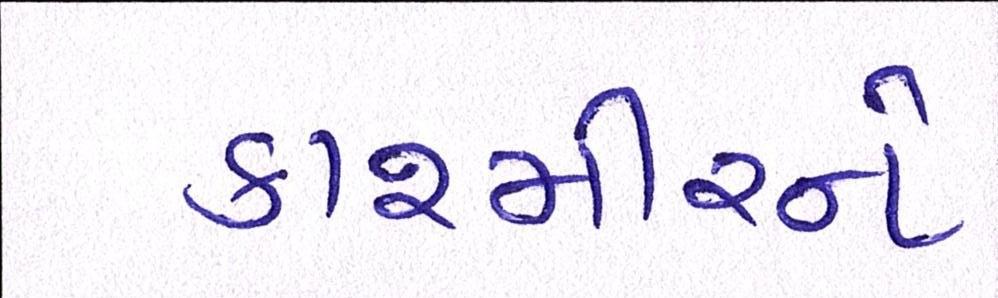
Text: કાશ્મીરને